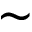
\sim